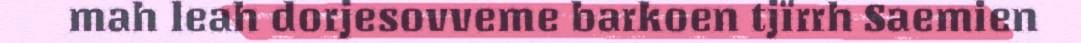
mah leah dorjesovveme barkoen tjïrrh Saemien